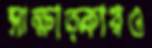
সাক্ষাত্কারও